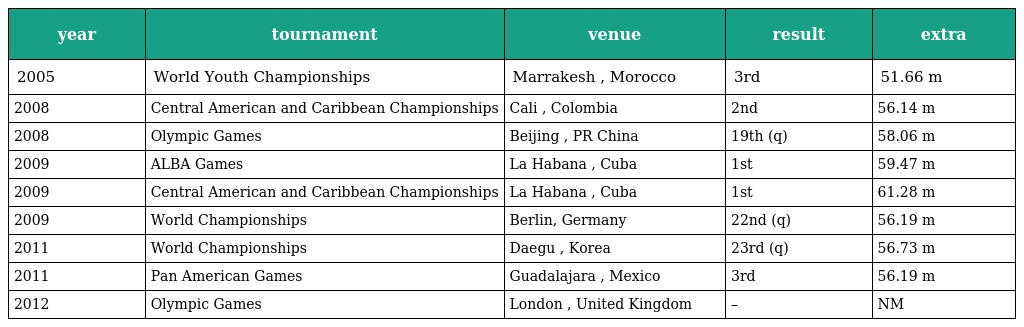
| year | tournament | venue | result | extra |
 | --- | --- | --- | --- | --- |
 | 2005 | World Youth Championships | Marrakesh , Morocco | 3rd | 51.66 m |
 | 2008 | Central American and Caribbean Championships | Cali , Colombia | 2nd | 56.14 m |
 | 2008 | Olympic Games | Beijing , PR China | 19th (q) | 58.06 m |
 | 2009 | ALBA Games | La Habana , Cuba | 1st | 59.47 m |
 | 2009 | Central American and Caribbean Championships | La Habana , Cuba | 1st | 61.28 m |
 | 2009 | World Championships | Berlin, Germany | 22nd (q) | 56.19 m |
 | 2011 | World Championships | Daegu , Korea | 23rd (q) | 56.73 m |
 | 2011 | Pan American Games | Guadalajara , Mexico | 3rd | 56.19 m |
 | 2012 | Olympic Games | London , United Kingdom | – | NM |